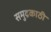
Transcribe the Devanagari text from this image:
समुद्रकाठी